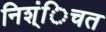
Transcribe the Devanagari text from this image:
निश्ंिचत